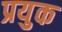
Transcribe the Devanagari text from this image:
प्रयुक